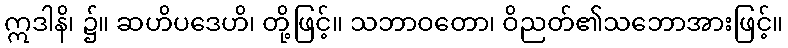
ဣဒါနိ၊ ၌။ ဆဟိပဒေဟိ၊ တို့ဖြင့်။ သဘာဝတော၊ ဝိညတ်၏သဘောအားဖြင့်။